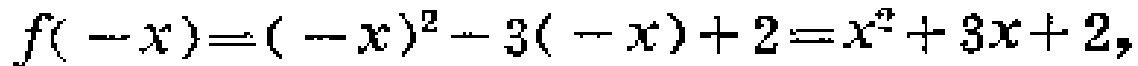
\[f(-x)=(-x)^{2}-3(-x)+2=x^{2}+3x + 2,\]